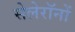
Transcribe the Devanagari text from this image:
सेलेरॉनों